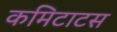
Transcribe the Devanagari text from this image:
कमिटाटस